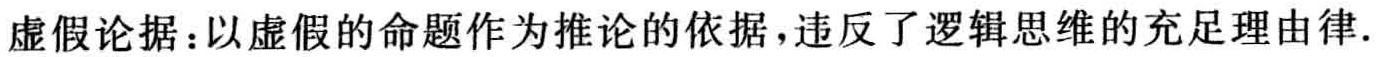
虚假论据：以虚假的命题作为推论的依据，违反了逻辑思维的充足理由律.